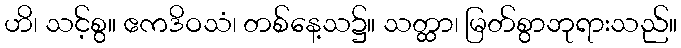
ဟိ၊ သင့်စွ။ ဧကဒိဝသံ၊ တစ်နေ့သ၌။ သတ္ထာ၊ မြတ်စွာဘုရားသည်။